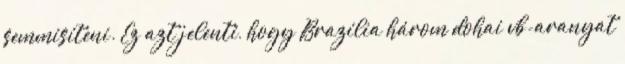
semmisíteni. Ez azt jelenti, hogy Brazília három dohai vb-aranyat